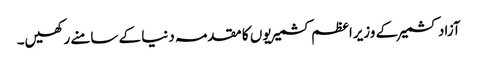
آزاد کشمیر کے وزیراعظم کشمیریوں کا مقدمہ دنیا کے سامنے رکھیں۔